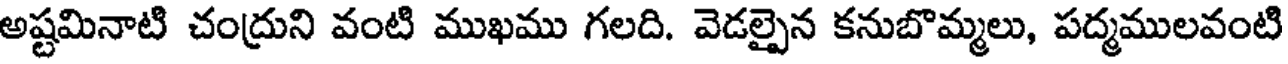
అష్టమినాటి చంద్రుని వంటి ముఖము గలది. వెడల్పైన కనుబొమ్మలు, పద్మములవంటి